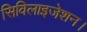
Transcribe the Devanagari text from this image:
सिविलाइजेशन।